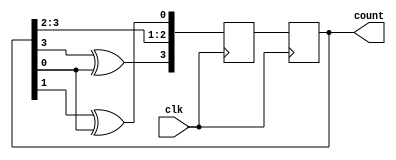
module johnson_gray_counter(
    input wire clk,
    output reg [3:0] count
);

reg [3:0] next_count;

always @(posedge clk) begin
    next_count[0] <= count[1] ^ count[0];
    next_count[1] <= count[2];
    next_count[2] <= count[3];
    next_count[3] <= count[3] ^ count[0];

    count <= next_count;
end 

endmodule